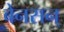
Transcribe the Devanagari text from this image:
बेनसन्